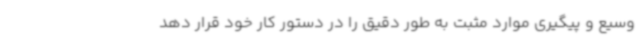
وسیع و پیگیری موارد مثبت به طور دقیق را در دستور کار خود قرار دهد